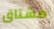
مشتاق